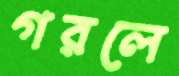
গরলে